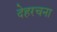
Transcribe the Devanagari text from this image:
देहरचना